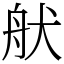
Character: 𦨚